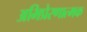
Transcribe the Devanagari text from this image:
अभिप्रेरणात्मक